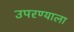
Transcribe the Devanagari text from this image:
उपरण्याला